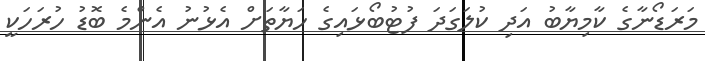
މަރަޑޯނާގެ ކާމިޔާބު އަދި ކުލަގަދަ ފުޓުބޯޅައިގެ ހަޔާތަށް އެޅުނު އެންމެ ބޮޑު ހުރަހަކީ